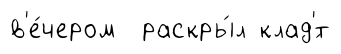
в'е́чером раскры́л клад'́т